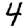
Digit: 4